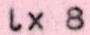
lx8